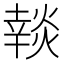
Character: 𰟚